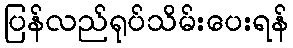
ပြန်လည်ရုပ်သိမ်းပေးရန်